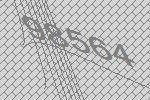
98564